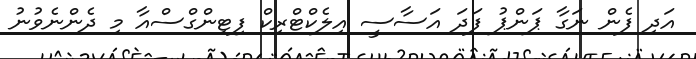
އަދި ފެން ނަގާ ޕަންޕު ފަދަ އަސާސީ އިލެކްޓްރިކް ފިޓިންގްސްއާ މި ދެންނެވުނު